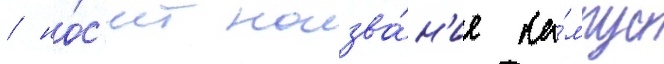
/ но́с'ит назва́н'ие ка́мпус